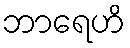
ဘာရေဟိ